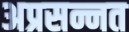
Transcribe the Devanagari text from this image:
अप्रसन्नत